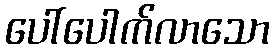
ပေါ်ပေါက်လာသော